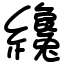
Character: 纔